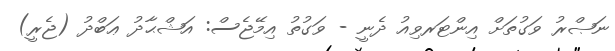
ނަޞްރު ވަގުތަށް އިންޓަރވިއު ދެނީ - ވަގުތު އިމޭޖެސް: އަޝްޙާދު ޢަބްދު (ޖެރީ)